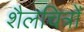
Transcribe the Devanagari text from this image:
शैलचित्रोँ